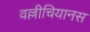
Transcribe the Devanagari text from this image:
वल्लीचियानस